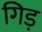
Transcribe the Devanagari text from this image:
गिड़